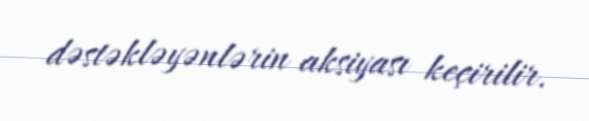
dəstəkləyənlərin aksiyası keçirilir.